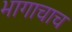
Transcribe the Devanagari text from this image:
भागाचाच